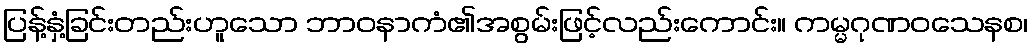
ပြန့်နှံ့ခြင်းတည်းဟူသော ဘာဝနာကံ၏အစွမ်းဖြင့်လည်းကောင်း။ ကမ္မဂုဏဝသေနစ၊